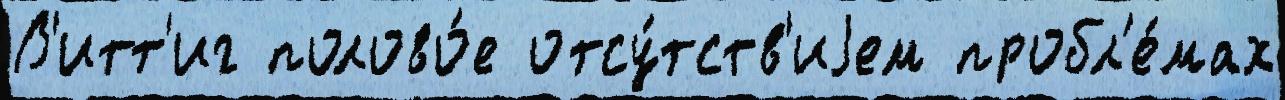
В'итт'иг полово́е отсу́тств'иjем пробл'е́мах